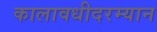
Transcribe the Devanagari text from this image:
कालावधीदरम्यान